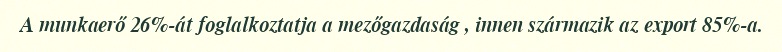
A munkaerő 26%-át foglalkoztatja a mezőgazdaság , innen származik az export 85%-a.